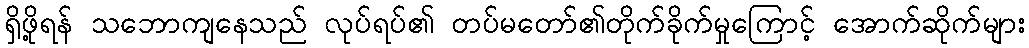
ရှိဖို့ရန် သဘောကျနေသည် လုပ်ရပ်၏ တပ်မတော်၏တိုက်ခိုက်မှုကြောင့် အောက်ဆိုက်များ